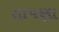
તાપણા